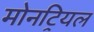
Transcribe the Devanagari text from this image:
मोनट्रियल